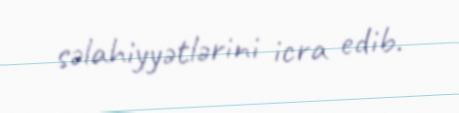
səlahiyyətlərini icra edib.